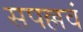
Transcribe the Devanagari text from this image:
सपल्लवं